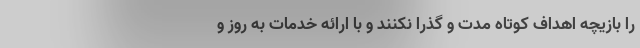
را بازیچه اهداف کوتاه مدت و گذرا نکنند و با ارائه خدمات به روز و